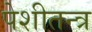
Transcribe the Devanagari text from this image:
पेशीतन्त्र